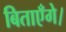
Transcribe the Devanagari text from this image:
बिताएँगे।